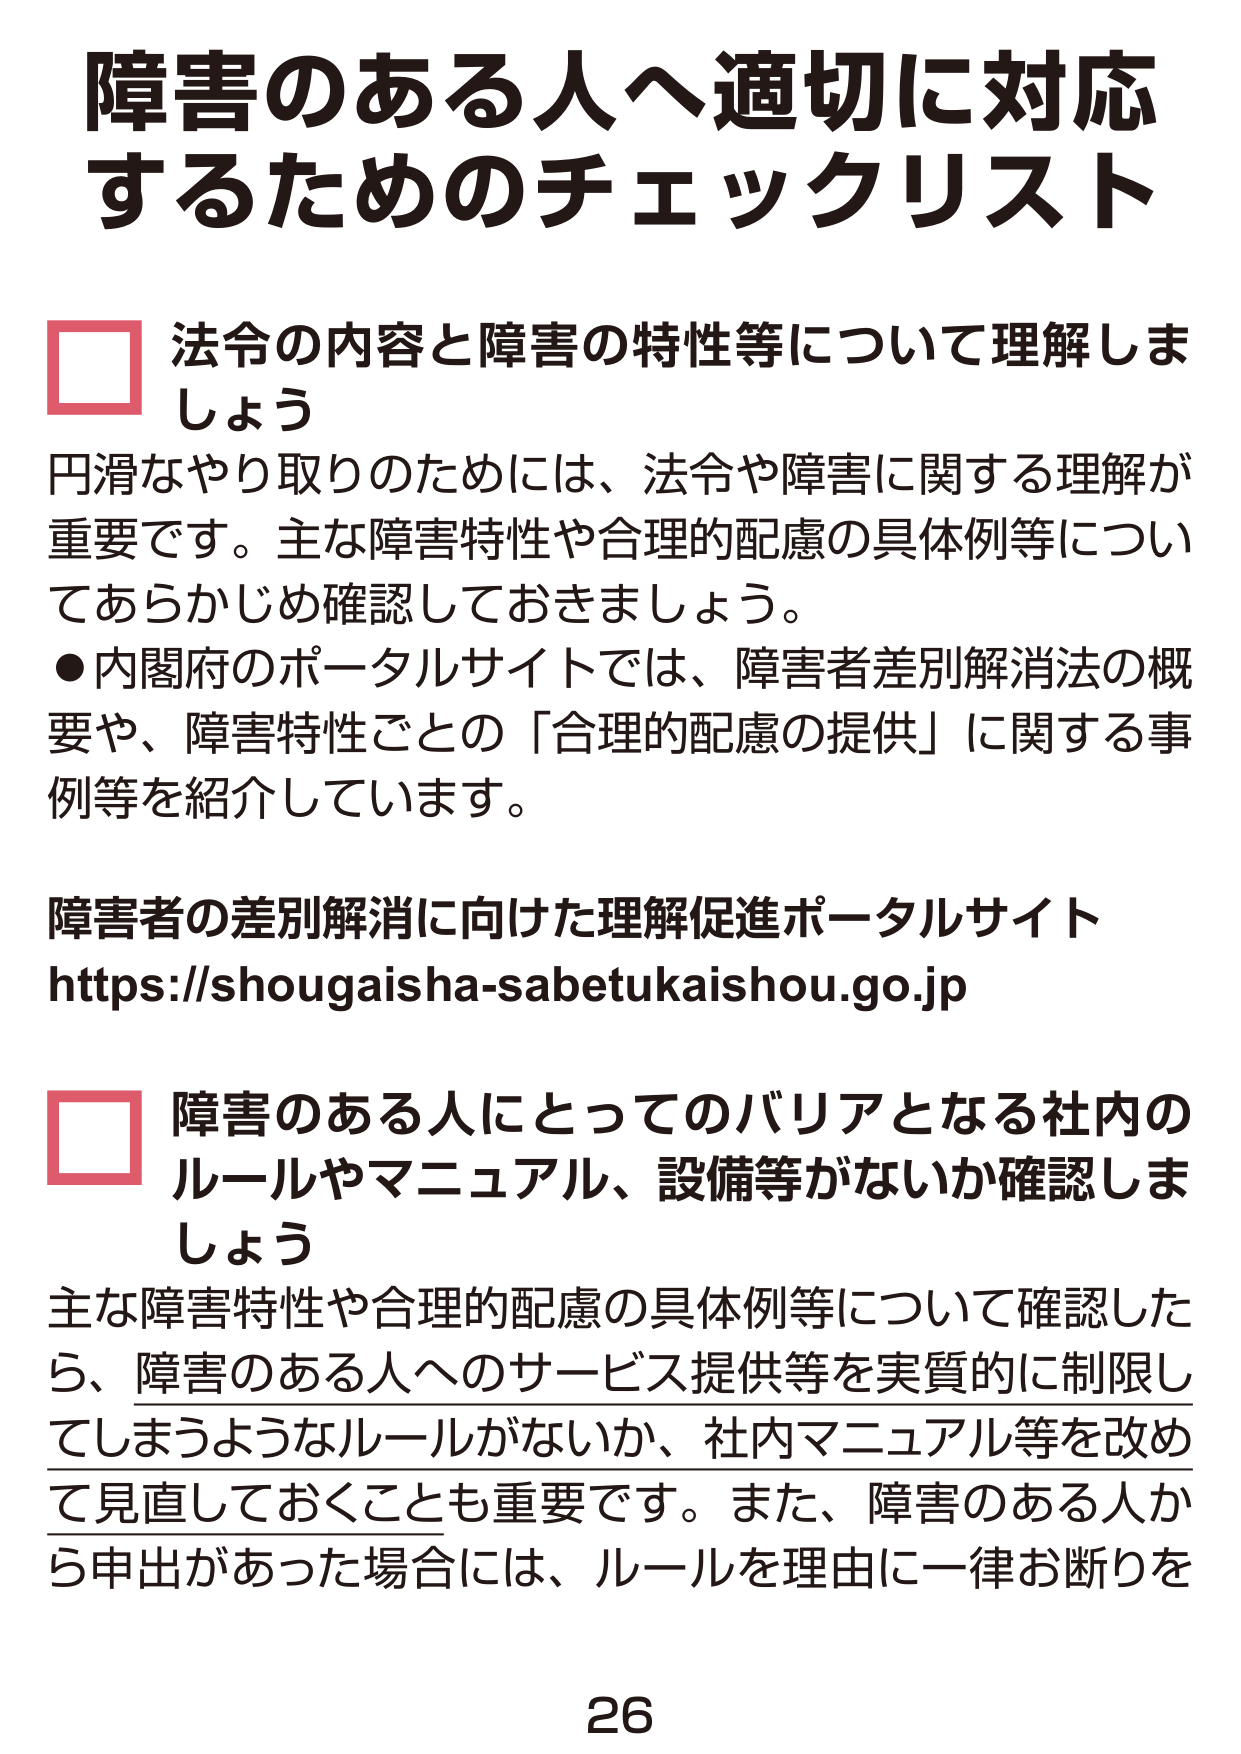
障害のある人へ適切に対応するためのチェックリスト

□ 法令の内容と障害の特性等について理解しましょう
円滑なやり取りのためには、法令や障害に関する理解が重要です。主な障害特性や合理的配慮の具体例等についてあらかじめ確認しておきましょう。
●内閣府のポータルサイトでは、障害者差別解消法の概要や、障害特性ごとの「合理的配慮の提供」に関する事例等を紹介しています。

障害者の差別解消に向けた理解促進ポータルサイト
https://shougaisha-sabetukaishou.go.jp

□ 障害のある人にとってのバリアとなる社内のルールやマニュアル、設備等がないか確認しましょう
主な障害特性や合理的配慮の具体例等について確認したら、障害のある人へのサービス提供等を実質的に制限してしまうようなルールがないか、社内マニュアル等を改めて見直しておくことも重要です。また、障害のある人から申出があった場合には、ルールを理由に一律お断りを

26